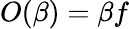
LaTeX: O(\beta)=\beta f